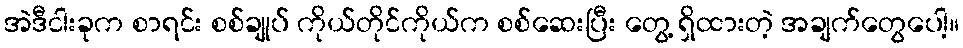
အဲဒီငါးခုက စာရင်း စစ်ချုပ် ကိုယ်တိုင်ကိုယ်က စစ်ဆေးပြီး တွေ့ ရှိထားတဲ့ အချက်တွေပေါ့။